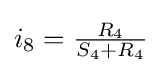
i_{8}={\tfrac {R_{4}}{S_{4}+R_{4}}}